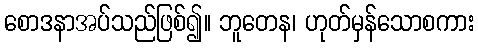
စောဒနာအပ်သည်ဖြစ်၍။ ဘူတေန၊ ဟုတ်မှန်သောစကား